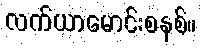
လက်ယာမောင်းစနစ်။